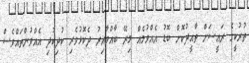
ތުރުކީގެ ރައީސަށް ތާއީދުކޮށް ބޮޑު އެއްވުމެއް މިރޭ ބާއްވާއިރު ދެކޮޅުވެރި ކުދިކުދި އެއްވުންތައްވެސް